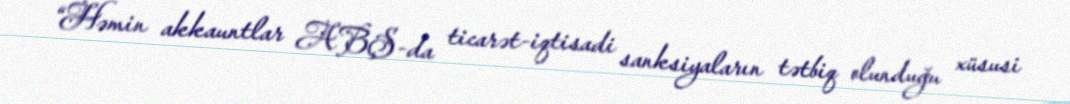
“Həmin akkauntlar ABŞ-da ticarət-iqtisadi sanksiyaların tətbiq olunduğu xüsusi